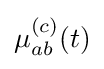
\mu _{ab}^{(c)}(t)